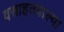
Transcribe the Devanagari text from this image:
वसाहतवाल्या